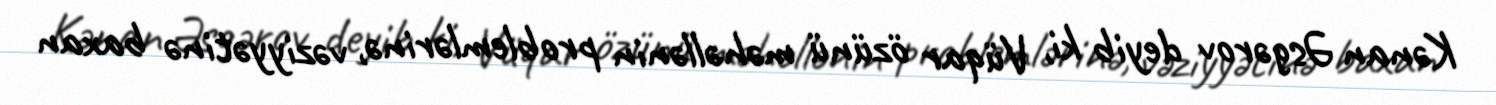
Kənan Əsgərov deyib ki, Vüqar özünü məhəllənin problemlərinə, vəziyyətinə baxan